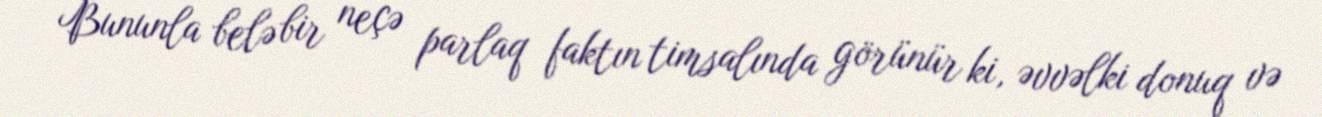
Bununla belə bir neçə parlaq faktın timsalında görünür ki, əvvəlki donuq və